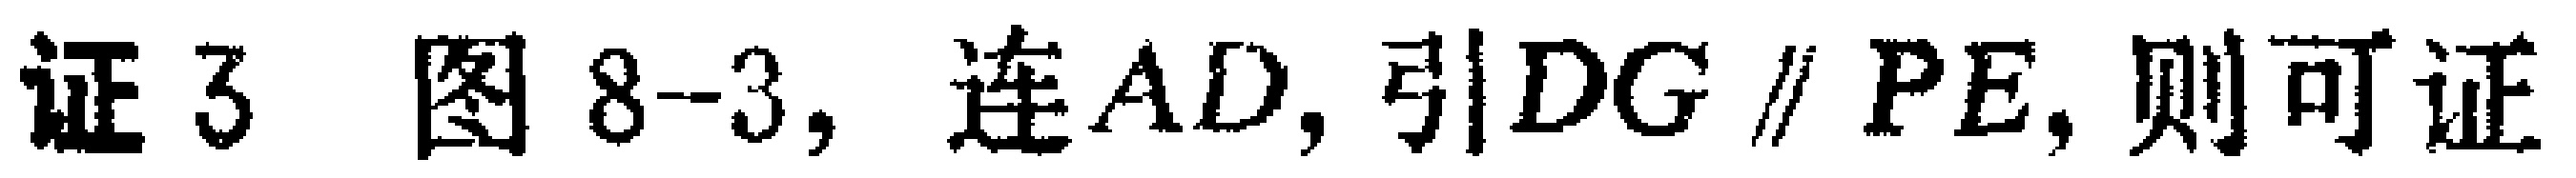
证 3 图 8-3, 连$AD$, 引$DG\parallel PE$, 则可证